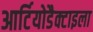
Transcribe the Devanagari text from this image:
आर्टियोडैक्टाइला